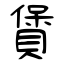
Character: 賲